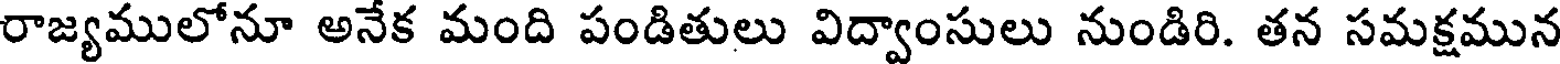
రాజ్యములోనూ అనేక మంది పండితులు విద్వాంసులు నుండిరి. తన సమక్షమున